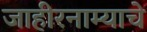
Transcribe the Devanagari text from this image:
जाहीरनाम्याचे